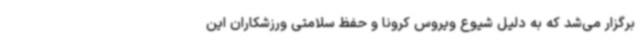
برگزار می‌شد که به دلیل شیوع ویروس کرونا و حفظ سلامتی ورزشکاران این